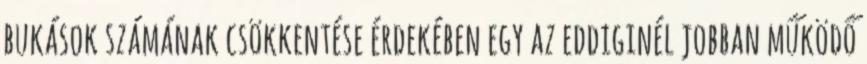
bukások számának csökkentése érdekében egy az eddiginél jobban működő